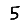
Digit: 5